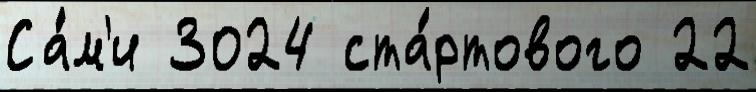
Са́м'и 3024 ста́ртового 22